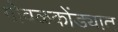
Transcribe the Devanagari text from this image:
गोवळकोंड्यात